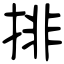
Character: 排